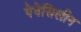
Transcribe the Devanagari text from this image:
पेनेसिलीन